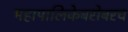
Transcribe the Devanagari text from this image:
महापालिकेबरोबरच